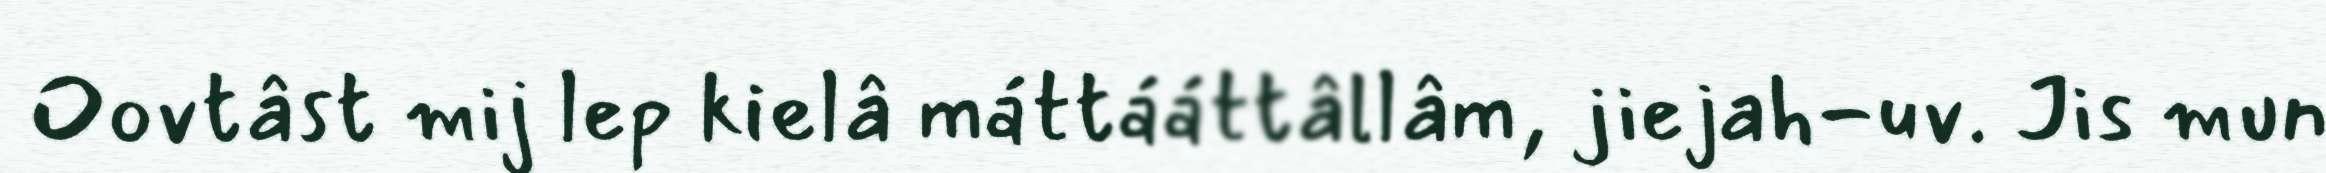
Oovtâst mij lep kielâ máttááttâllâm, jiejah-uv. Jis mun